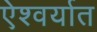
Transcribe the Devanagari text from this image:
ऐश्वर्यात